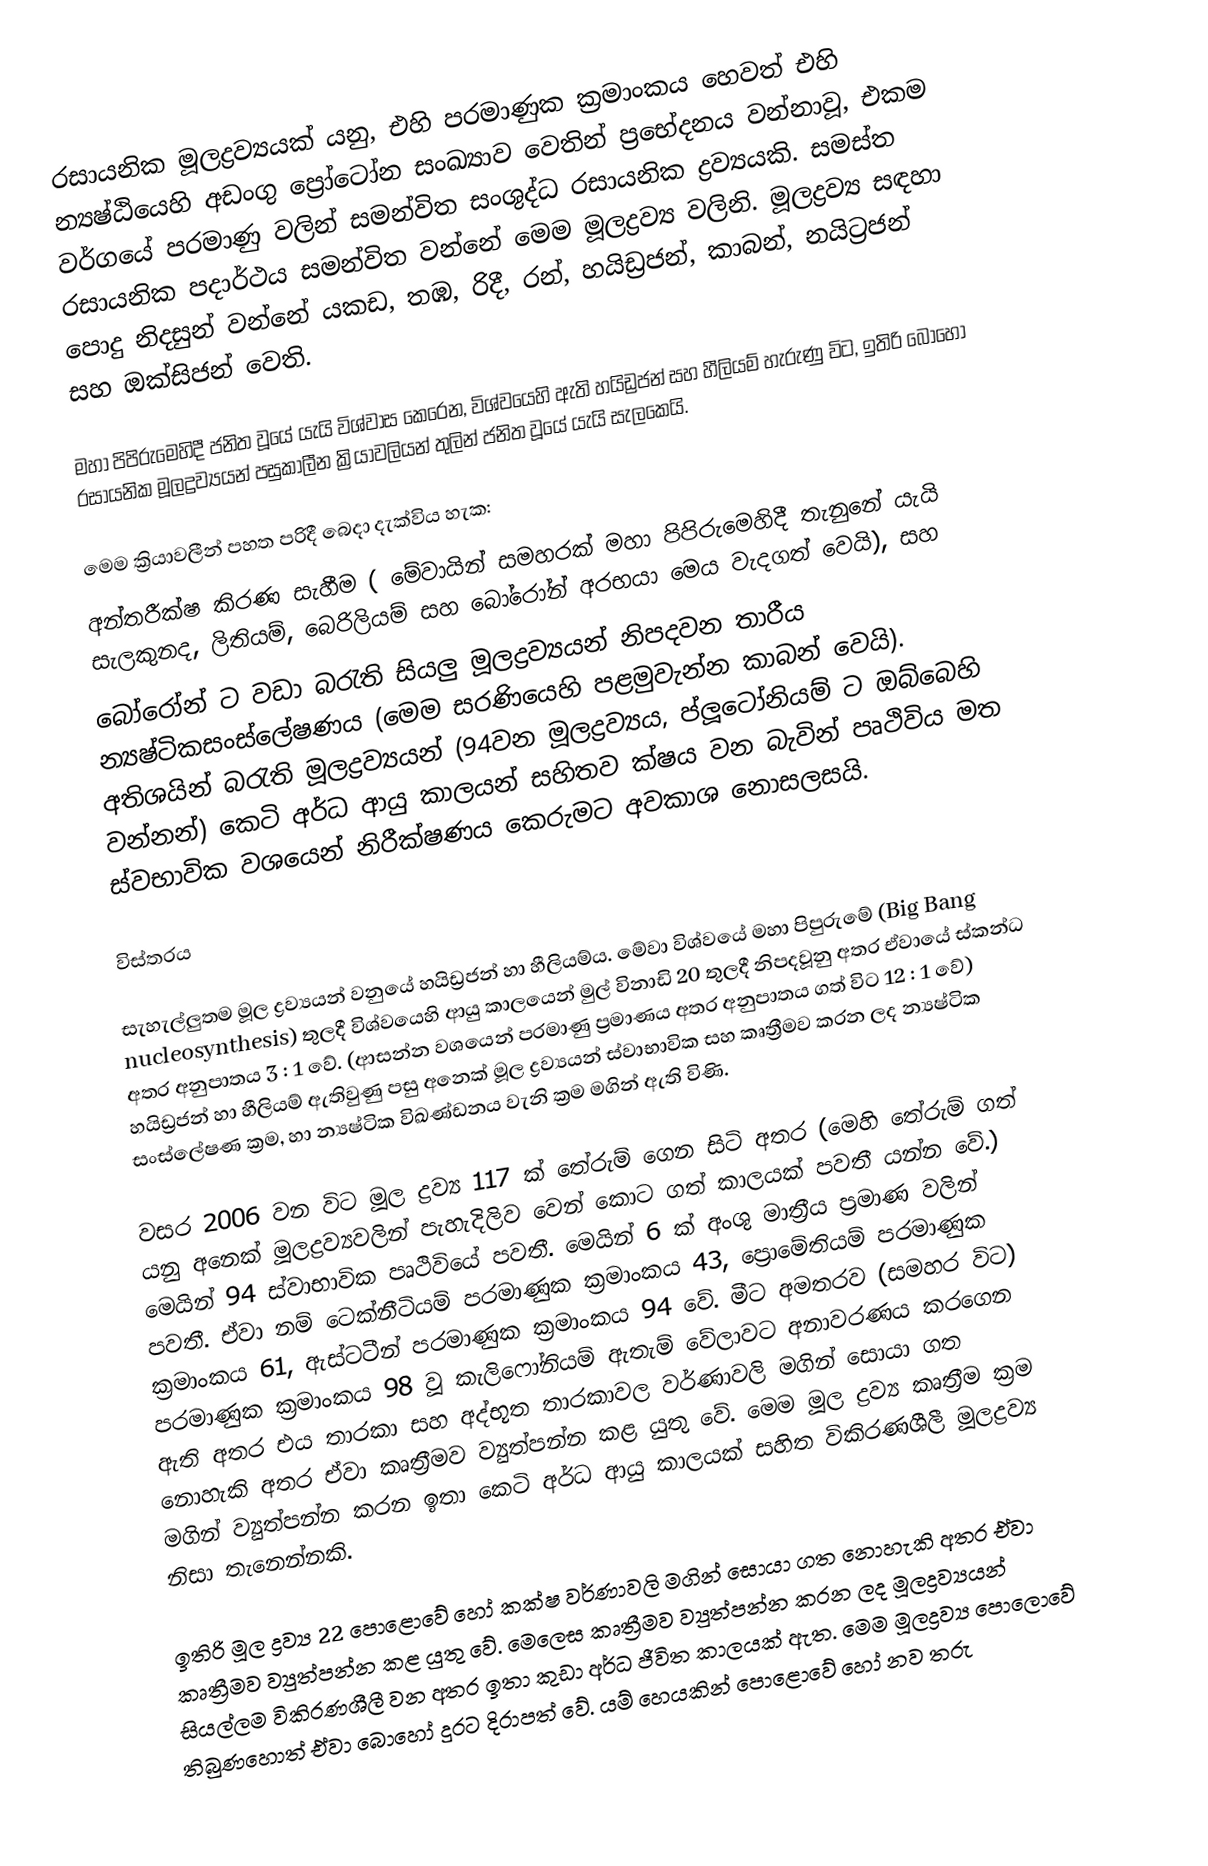
රසායනික මූලද්‍රව්‍යයක් යනු, එහි පරමාණුක ක්‍රමාංකය හෙවත් එහි න්‍යෂ්ඨියෙහි අඩංගු ප්‍රෝටෝන සංඛ්‍යාව වෙතින් ප්‍රභේදනය වන්නාවූ, එකම වර්ගයේ පරමාණු වලින් සමන්විත සංශුද්ධ රසායනික ද්‍රව්‍යයකි. සමස්ත රසායනික පදාර්ථය සමන්විත වන්නේ මෙම මූලද්‍රව්‍ය වලිනි. මූලද්‍රව්‍ය සඳහා පොදු නිදසුන් වන්නේ යකඩ, තඹ, රිදී, රන්, හයිඩ්‍රජන්, කාබන්, නයිට්‍රජන් සහ ඔක්සිජන් වෙති.

මහා පිපිරුමෙහිදී ජනිත වූයේ යැයි විශ්වාස කෙරෙන, විශ්වයෙහි ඇති හයිඩ්‍රජන් සහ හීලියම් හැරුණු විට, ඉතිරි බොහෝ රසායනික මූලද්‍රව්‍යයන් පසුකාලීන ක්‍රියාවලියන් තුලින් ජනිත වූයේ යැයි සැලකෙයි.

මෙම ක්‍රියාවලීන් පහත පරිදී බෙදා දැක්විය හැක:
 අන්තරීක්ෂ කිරණ සැහීම ( මේවායින් සමහරක් මහා පිපිරුමෙහිදී තැනුනේ යැයි සැලකුනද, ලිතියම්, බෙරිලියම් සහ බෝරෝන් අරභයා මෙය වැදගත් වෙයි), සහ
 බෝරෝන් ට වඩා බරැති සියලු මූලද්‍රව්‍යයන් නිපදවන තාරීය න්‍යෂ්ටිකසංස්ලේෂණය (මෙම සරණියෙහි පළමුවැන්න කාබන් වෙයි). අතිශයින් බරැති මූලද්‍රව්‍යයන් (94වන මූලද්‍රව්‍යය, ප්ලූටෝනියම් ට ඔබ්බෙහි වන්නන්) කෙටි අර්ධ ආයු කාලයන් සහිතව ක්ෂය වන බැවින් පෘථිවිය මත ස්වභාවික වශයෙන් නිරීක්ෂණය කෙරුමට අවකාශ නොසලසයි.

විස්තරය

සැහැල්ලුතම මූල ද්‍රව්‍යයන් වනුයේ හයිඩ්‍රජන් හා හීලියම්ය. මේවා විශ්වයේ මහා පිපුරුමේ (Big Bang nucleosynthesis) තුලදී විශ්වයෙහි ආයු කාලයෙන් මුල් විනාඩි 20 තුලදී නිපදවූනු අතර ඒවායේ ස්කන්ධ අතර අනුපාතය 3 : 1 වේ. (ආසන්න වශයෙන් පරමාණු ප්‍රමාණය අතර අනුපාතය ගත් විට 12 : 1 වේ) හයිඩ්‍රජන් හා හීලියම් ඇතිවුණු පසු අනෙක් මූල ද්‍රව්‍යයන් ස්වාභාවික සහ කෘත්‍රීමව කරන ලද න්‍යෂ්ටික සංස්ලේෂණ ක්‍රම, හා න්‍යෂ්ටික විඛණ්ඩනය වැනි ක්‍රම මගින් ඇති විණි.

වසර 2006 වන විට මූල ද්‍රව්‍ය 117 ක් තේරුම් ගෙන සිටි අතර (මෙහි තේරුම් ගත් යනු අනෙක් මූලද්‍රව්‍යවලින් පැහැදිලිව වෙන් කොට ගත් කාලයක් පවතී යන්න වේ.) මෙයින් 94 ස්වාභාවික පෘථිවියේ පවතී. මෙයින් 6 ක් අංශු මාත්‍රීය ප්‍රමාණ වලින් පවතී. ඒවා නම් ටෙක්නීටියම් පරමාණුක ක්‍රමාංකය 43, ප්‍රොමේතියම් පරමාණුක ක්‍රමාංකය 61, ඇස්ටටීන් පරමාණුක ක්‍රමාංකය 94 වේ. මීට අමතරව (සමහර විට) පරමාණුක ක්‍රමාංකය 98 වූ කැලිෆෝනියම් ඇතැම් වේලාවට අනාවරණය කරගෙන ඇති අතර එය තාරකා සහ අද්භූත තාරකාවල වර්ණාවලි මගින් සොයා ගත නොහැකි අතර ඒවා කෘත්‍රීමව ව්‍යුත්පන්න කළ යුතු වේ. මෙම මූල ද්‍රව්‍ය කෘත්‍රීම ක්‍රම මගින් ව්‍යුත්පන්න කරන ඉතා කෙටි අර්ධ ආයු කාලයක් සහිත විකිරණශීලී මූලද්‍රව්‍ය නිසා ‍තැනෙන්නකි.

ඉතිරි මූල ද්‍රව්‍ය 22 පොළොවේ හෝ කක්ෂ වර්ණාවලි මගින් සොයා ගත නොහැකි අතර ඒවා කෘත්‍රීමව ව්‍යුත්පන්න කළ යුතු වේ. මෙලෙස කෘත්‍රීමව ව්‍යුත්පන්න කරන ලද මූලද්‍රව්‍යයන් සියල්ලම විකිරණශීලී වන අතර ඉතා කුඩා අර්ධ ජීවිත කාලයක් ඇත. මෙම මූලද්‍රව්‍ය පොලොවේ තිබුණහොත් ඒවා බොහෝ දුරට දිරාපත් වේ. යම් හෙයකින් පොළොවේ හෝ නව තරු